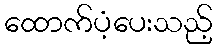
ထောက်ပံ့ပေးသည့်